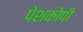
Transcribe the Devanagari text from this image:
पेशकोपी